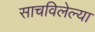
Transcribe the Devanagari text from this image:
साचविलेल्या